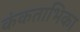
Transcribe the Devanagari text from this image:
कंकताभिका